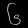
Digit: ၆